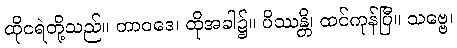
ထိုငရဲတို့သည်။ တာဝဒေ၊ ထိုအခါ၌။ ပိဿန္တိ၊ ထင်ကုန်ပြီ။ သဗ္ဗေ၊